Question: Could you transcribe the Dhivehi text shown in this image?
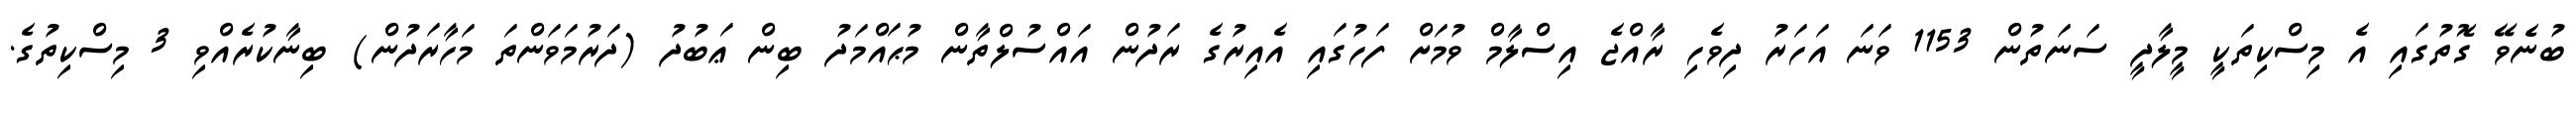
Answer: ބުނެވޭ ގޮތުގައި އެ މިސްކިތަކީ މީލާދީ ސަނަތުން 1153 ވަނަ އަހަރު ދިވެހި ރާއްޖެ އިސްލާމް ވުމަށް ފަހުގައި އެއިރުގެ ރަދުން އައްސުލްތާން މުޙައްމަދު ބިން ޢަބުދު (ދަރުމަވަންތަ މަހާރަދުން) ބިނާކުރެއްވި 3 މިސްކިތުގެ.